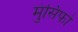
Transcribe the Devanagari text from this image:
मुंसिफों